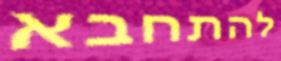
להתחבא